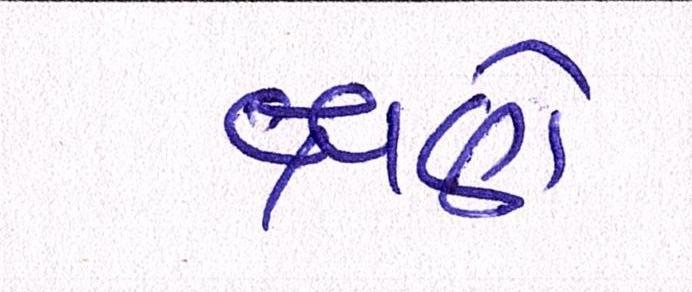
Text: ક્ષણે